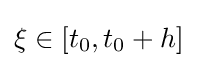
\xi \in [t_{0},t_{0}+h]